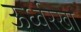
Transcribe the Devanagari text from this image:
ऊर्ध्वरेखा